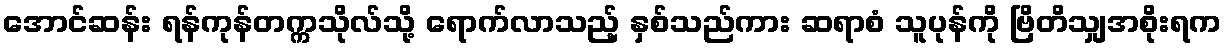
အောင်ဆန်း ရန်ကုန်တက္ကသိုလ်သို့ ရောက်လာသည့် နှစ်သည်ကား ဆရာစံ သူပုန်ကို ဗြိတိသျှအစိုးရက